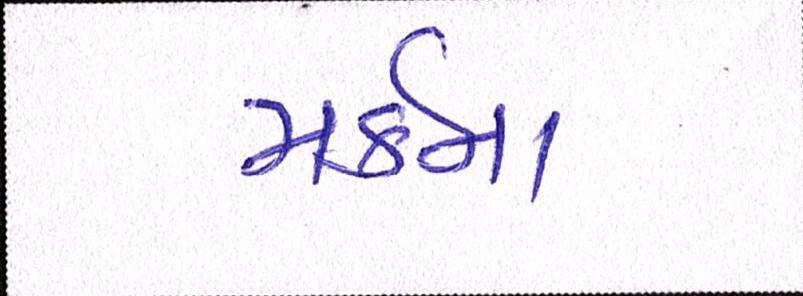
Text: મર્કના